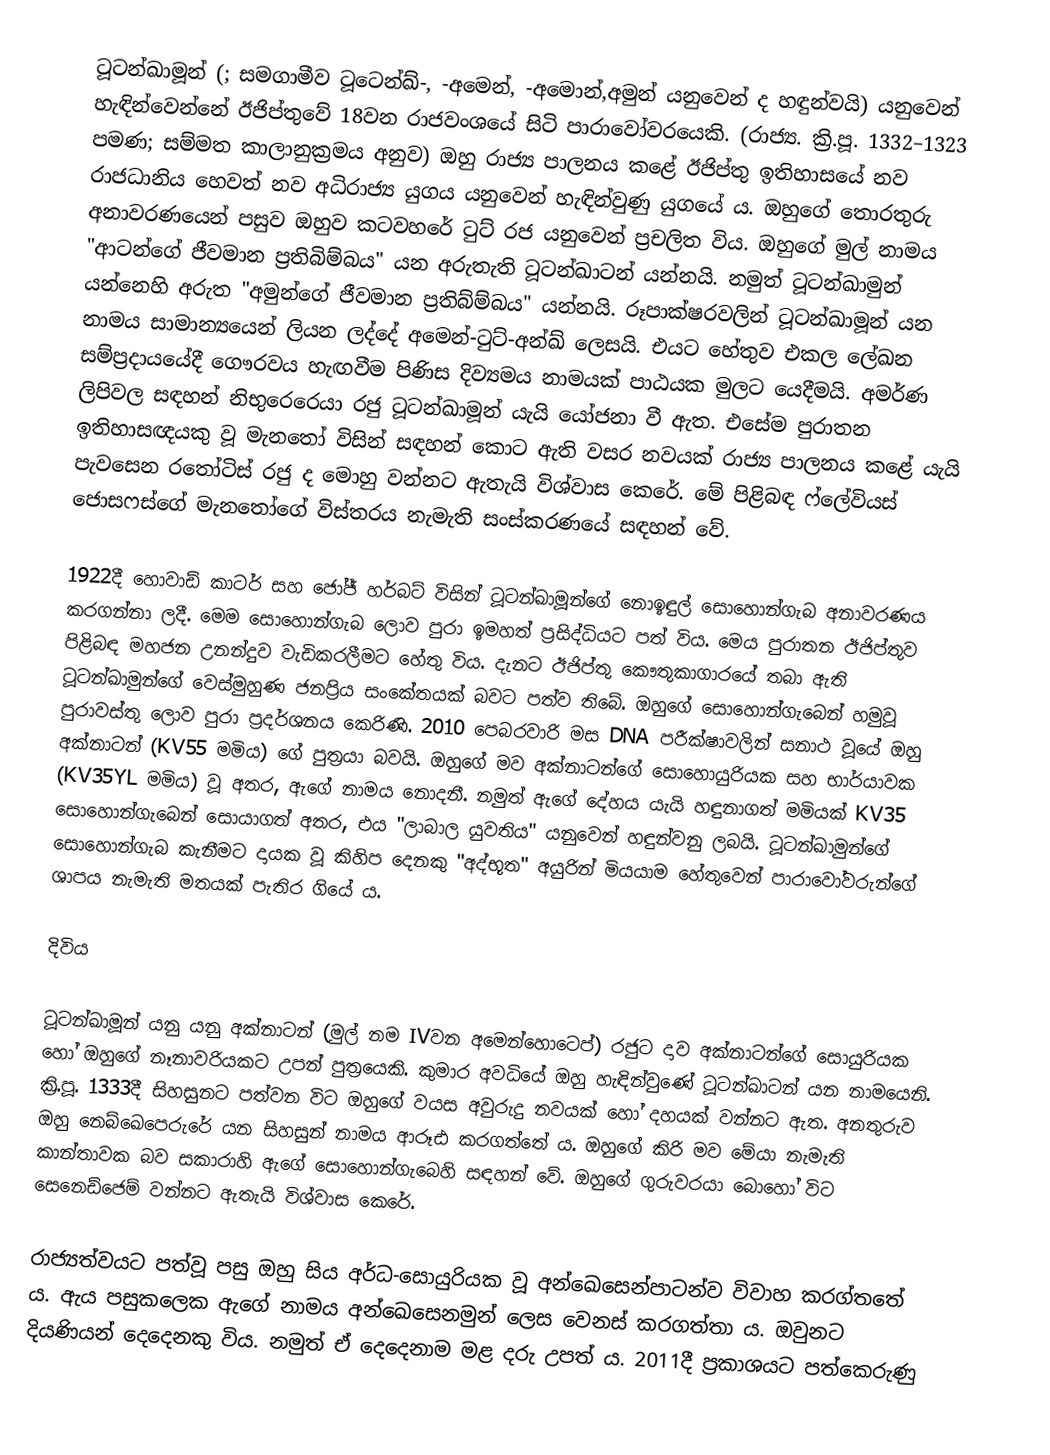
ටූටන්ඛාමූන් (; සමගාමීව ටූටෙන්ඛ්-, -අමෙන්, -අමොන්,අමුන් යනුවෙන් ද හඳුන්වයි) යනුවෙන් හැඳින්වෙන්නේ ඊජිප්තුවේ 18වන රාජවංශයේ සිටි පාරාවෝවරයෙකි. (රාජ්‍ය. ක්‍රි.පූ. 1332–1323 පමණ; සම්මත කාලානුක්‍රමය අනුව) ඔහු රාජ්‍ය පාලනය කළේ ඊජිප්තු ඉතිහාසයේ නව රාජධානිය හෙවත් නව අධිරාජ්‍ය යුගය යනුවෙන් හැඳින්වුණු යුගයේ ය. ඔහුගේ තොරතුරු අනාවරණයෙන් පසුව ඔහුව කටවහරේ ටුට් රජ යනුවෙන් ප්‍රචලිත විය. ඔහුගේ මුල් නාමය  "ආටන්ගේ ජීවමාන ප්‍රතිබිම්බය" යන අරුතැති ටූටන්ඛාටන් යන්නයි. නමුත් ටූටන්ඛාමුන් යන්නෙහි අරුත "අමුන්ගේ ජීවමාන ප්‍රතිබ්ම්බය" යන්නයි. රූපාක්ෂරවලින් ටූටන්ඛාමූන් යන නාමය සාමාන්‍යයෙන් ලියන ලද්දේ අමෙන්-ටුට්-අන්ඛ් ලෙසයි. එයට හේතුව එකල ලේඛන සම්ප්‍රදායයේදී ගෞරවය හැඟවීම පිණිස දිව්‍යමය නාමයක් පාඨයක මුලට යෙදීමයි. අමර්ණ ලිපිවල සඳහන් නිභුරෙරෙයා රජු ටූටන්ඛාමූන් යැයි යෝජනා වී ඇත. එසේම පුරාතන ඉතිහාසඥයකු වූ මැනතෝ විසින් සඳහන් කොට ඇති වසර නවයක් රාජ්‍ය පාලනය කළේ යැයි පැවසෙන රතෝටිස් රජු ද මොහු වන්නට ඇතැයි විශ්වාස කෙරේ. මේ පිළිබඳ ෆ්ලේවියස් ජොසෆස්ගේ මැනතෝගේ විස්තරය නැමැති සංස්කරණයේ සඳහන් වේ.

1922දී හොවාඩ් කාටර් සහ ජෝජ් හර්බට් විසින් ටූටන්ඛාමූන්ගේ නොඉඳුල් සොහොන්ගැබ අනාවරණය කරගන්නා ලදී. මෙම සොහොන්ගැබ ලොව පුරා ඉමහත් ප්‍රසිද්ධියට පත් විය. මෙය පුරාතන ඊජිප්තුව පිළිබඳ මහජන උනන්දුව වැඩිකරලීමට හේතු විය. දැනට ඊජිප්තු කෞතුකාගාරයේ තබා ඇති ටූටන්ඛාමුන්ගේ වෙස්මුහුණ ජනප්‍රිය සංකේතයක් බවට පත්ව තිබේ. ඔහුගේ සොහොන්ගැබෙන් හමුවූ පුරාවස්තු ලොව පුරා ප්‍රදර්ශනය කෙරිණි. 2010 පෙබරවාරි මස DNA පරීක්ෂාවලින් සනාථ වූයේ ඔහු අක්නාටන් (KV55 මමිය) ගේ පුත්‍රයා බවයි. ඔහුගේ මව අක්නාටන්ගේ සොහොයුරියක සහ භාර්යාවක (KV35YL මමිය) වූ අතර, ඇගේ නාමය නොදනී. නමුත් ඇගේ ‍දේහය යැයි හඳුනාගත් මමියක් KV35 සොහොන්ගැබෙන් සොයාගත් අතර, එය "ලාබාල යුවතිය" යනුවෙන් හඳුන්වනු ලබයි. ටූටන්ඛාමුන්ගේ සොහොන්ගැබ කැනීමට දායක වූ කිහිප දෙනකු "අද්භූත" අයුරින් මියයාම හේතුවෙන් පාරාවෝවරුන්ගේ ශාපය නැමැති මතයක් පැතිර ගියේ ය.

දිවිය

ටූටන්ඛාමූන් යනු යනු අක්නාටන් (මුල් නම IVවන අමෙන්හොටෙප්) රජුට දාව අක්නාටන්ගේ සොයුරියක හෝ ඔහුගේ නෑනාවරියකට උපන් පුත්‍රයෙකි. කුමාර අවධියේ ඔහු හැඳින්වුණේ ටූටන්ඛාටන් යන නාමයෙනි. ක්‍රි.පූ. 1333දී සිහසුනට පත්වන විට ඔහුගේ වයස අවුරුදු නවයක් හෝ දහයක් වන්නට ඇත. අනතුරුව ඔහු නෙබ්ඛෙපෙරුරේ යන සිහසුන් නාමය ආරූඪ කරගත්තේ ය. ඔහුගේ කිරි මව මේයා නැමැති කාන්තාවක බව සකාරාහි ඇගේ සොහොන්ගැබෙහි සඳහන් වේ. ඔහුගේ ගුරුවරයා බොහෝ විට සෙනෙඩ්ජෙම් වන්නට ඇතැයි විශ්වාස කෙරේ.

රාජ්‍යත්වයට පත්වූ පසු ඔහු සිය අර්ධ-සොයුරියක වූ අන්ඛෙසෙන්පාටන්ව විවාහ කරග්තතේ ය. ඇය පසුකලෙක ඇගේ නාමය අන්ඛෙසෙනමුන් ලෙස වෙනස් කරගත්තා ය. ඔවුනට දියණියන් දෙදෙනකු විය. නමුත් ඒ දෙදෙනාම මළ දරු උපත් ය. 2011දී ප්‍රකාශයට පත්කෙරුණු